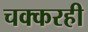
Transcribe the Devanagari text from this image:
चक्करही